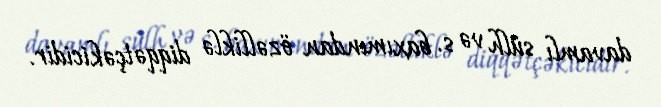
davamlı sülh və s. baxımından özəlliklə diqqətçəkicidir.